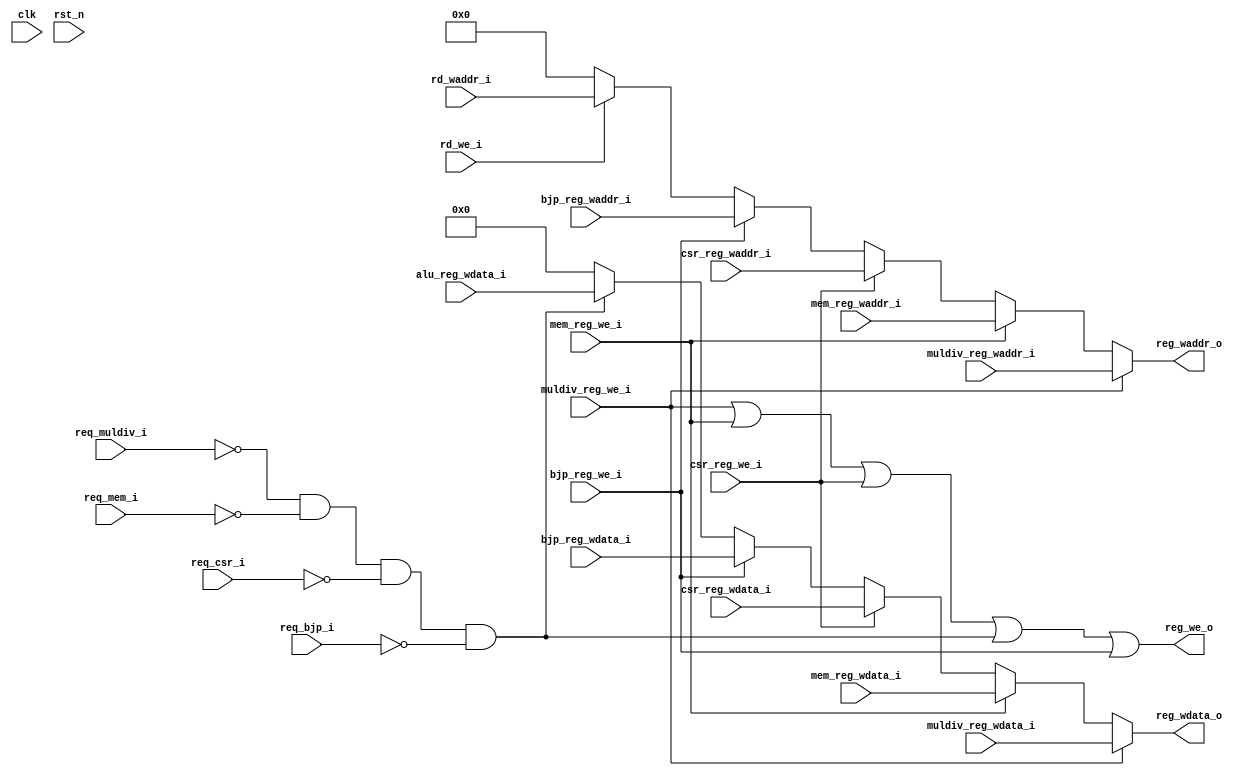
module exu_commit(

    input wire clk,
    input wire rst_n,

    input wire req_muldiv_i,
    input wire muldiv_reg_we_i,
    input wire[4:0] muldiv_reg_waddr_i,
    input wire[31:0] muldiv_reg_wdata_i,

    input wire req_mem_i,
    input wire mem_reg_we_i,
    input wire[4:0] mem_reg_waddr_i,
    input wire[31:0] mem_reg_wdata_i,

    input wire req_csr_i,
    input wire csr_reg_we_i,
    input wire[4:0] csr_reg_waddr_i,
    input wire[31:0] csr_reg_wdata_i,

    input wire req_bjp_i,
    input wire bjp_reg_we_i,
    input wire[31:0] bjp_reg_wdata_i,
    input wire[4:0] bjp_reg_waddr_i,

    input wire rd_we_i,
    input wire[4:0] rd_waddr_i,
    input wire[31:0] alu_reg_wdata_i,

    output wire reg_we_o,
    output wire[4:0] reg_waddr_o,
    output wire[31:0] reg_wdata_o

    );

    wire use_alu_res = (~req_muldiv_i) &
                       (~req_mem_i) &
                       (~req_csr_i) &
                       (~req_bjp_i);

    assign reg_we_o = muldiv_reg_we_i | mem_reg_we_i | csr_reg_we_i | use_alu_res | bjp_reg_we_i;

    reg[4:0] reg_waddr;

    always @ (*) begin
        reg_waddr = 5'h0;
        case (1'b1)
            muldiv_reg_we_i: reg_waddr = muldiv_reg_waddr_i;
            mem_reg_we_i:    reg_waddr = mem_reg_waddr_i;
            csr_reg_we_i:    reg_waddr = csr_reg_waddr_i;
            bjp_reg_we_i:    reg_waddr = bjp_reg_waddr_i;
            rd_we_i:         reg_waddr = rd_waddr_i;
        endcase
    end

    assign reg_waddr_o = reg_waddr;

    reg[31:0] reg_wdata;

    always @ (*) begin
        reg_wdata = 32'h0;
        case (1'b1)
            muldiv_reg_we_i: reg_wdata = muldiv_reg_wdata_i;
            mem_reg_we_i:    reg_wdata = mem_reg_wdata_i;
            csr_reg_we_i:    reg_wdata = csr_reg_wdata_i;
            bjp_reg_we_i:    reg_wdata = bjp_reg_wdata_i;
            use_alu_res:     reg_wdata = alu_reg_wdata_i;
        endcase
    end

    assign reg_wdata_o = reg_wdata;

endmodule